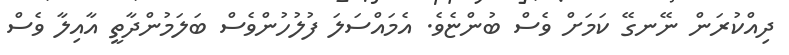
ދިއްކުރަން ނޭނގޭ ކަމަށް ވެސް ބުންޏެވެ. އެމައްސަލަ ފުލުހުންވެސް ބަލަމުންދާތީ އާއިލާ ވެސް